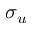
\sigma _ { u }